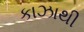
કાઝાથી